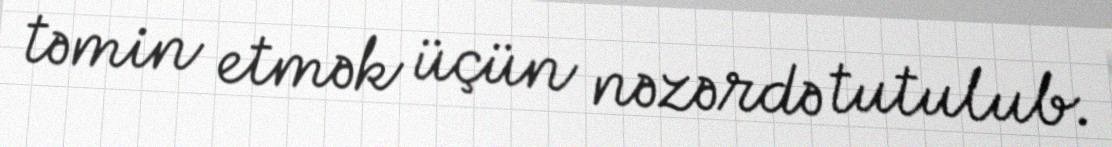
təmin etmək üçün nəzərdə tutulub.